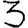
Digit: 3